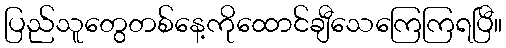
ပြည်သူတွေတစ်နေ့ကိုထောင်ချီသေကြေကြရပြီ။